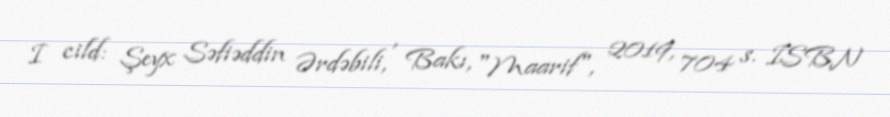
I cild: Şeyx Səfiəddin Ərdəbili, , Bakı, "Maarif", 2019, 704 s. ISBN